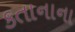
કતાનાના